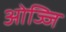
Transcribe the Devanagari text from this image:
ओज्जि